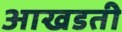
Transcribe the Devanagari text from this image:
आखडती